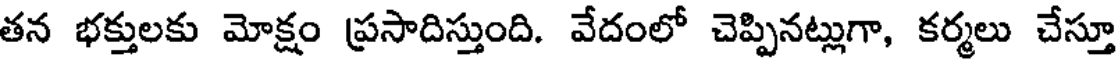
తన భక్తులకు మోక్షం ప్రసాదిస్తుంది. వేదంలో చెప్పినట్లుగా, కర్మలు చేస్తూ